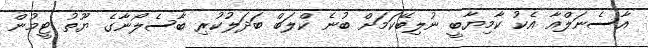
އާސެނަލްއާ އެކު ކާމިޔާބީ ނުލިބޭކަމަށް ބުނެ ކްލަބް ބަދަލުކުރި ބާސެލޯނާގެ ޔޫތު ޓީމުން